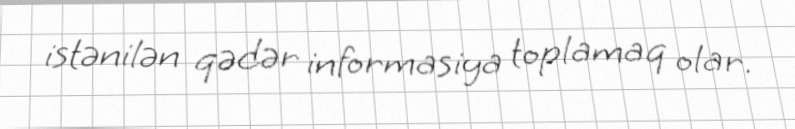
istənilən qədər informasiya toplamaq olar.